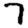
Digit: 7